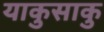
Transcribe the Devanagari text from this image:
याकुसाकु